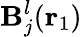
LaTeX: \mathbf{B}_{j}^{l}({\mathbf{r}_{1}})